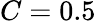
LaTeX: C=0.5